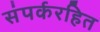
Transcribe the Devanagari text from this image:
संपर्करहित